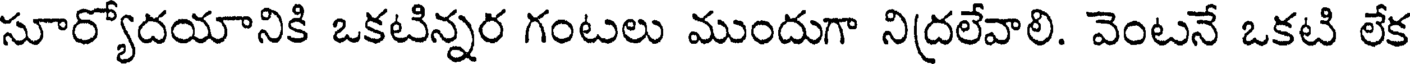
సూర్యోదయానికి ఒకటిన్నర గంటలు ముందుగా నిద్రలేవాలి. వెంటనే ఒకటి లేక